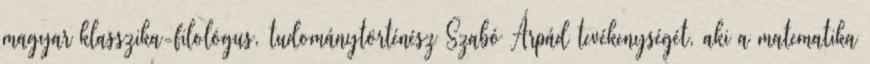
magyar klasszika-filológus, tudománytörténész Szabó Árpád tevékenységét, aki a matematika